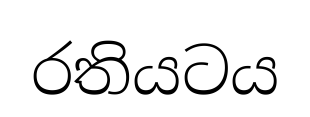
රතියටය